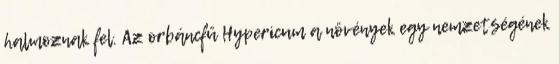
halmoznak fel. Az orbáncfű Hypericum a növények egy nemzetségének